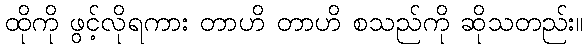
ထိုကို ဖွင့်လိုရကား တာဟိ တာဟိ စသည်ကို ဆိုသတည်း။